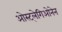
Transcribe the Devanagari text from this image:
ओस्ट्लेगिओनेन